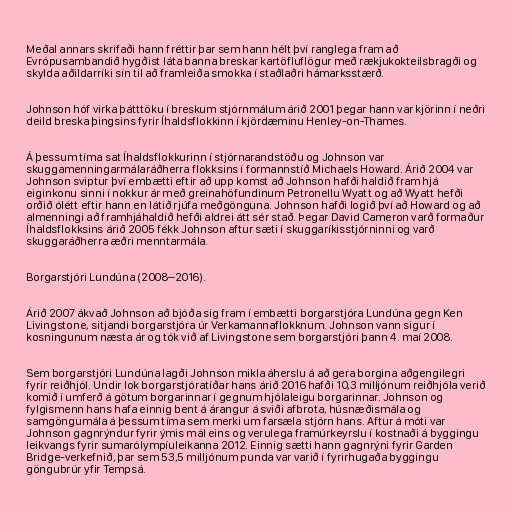
Meðal annars skrifaði hann fréttir þar sem hann hélt því ranglega fram að
Evrópusambandið hygðist láta banna breskar kartöfluflögur með rækjukokteilsbragði og
skylda aðildarríki sín til að framleiða smokka í staðlaðri hámarksstærð.

Johnson hóf virka þátttöku í breskum stjórnmálum árið 2001 þegar hann var kjörinn í neðri
deild breska þingsins fyrir Íhaldsflokkinn í kjördæminu Henley-on-Thames.

Á þessum tíma sat Íhaldsflokkurinn í stjórnarandstöðu og Johnson var
skuggamenningarmálaráðherra flokksins í formannstíð Michaels Howard. Árið 2004 var
Johnson sviptur því embætti eftir að upp komst að Johnson hafði haldið fram hjá
eiginkonu sinni í nokkur ár með greinahöfundinum Petronellu Wyatt og að Wyatt hefði
orðið ólétt eftir hann en látið rjúfa meðgönguna. Johnson hafði logið því að Howard og að
almenningi að framhjáhaldið hefði aldrei átt sér stað. Þegar David Cameron varð formaður
Íhaldsflokksins árið 2005 fékk Johnson aftur sæti í skuggaríkisstjórninni og varð
skuggaráðherra æðri menntarmála.

Borgarstjóri Lundúna (2008–2016).

Árið 2007 ákvað Johnson að bjóða sig fram í embætti borgarstjóra Lundúna gegn Ken
Livingstone, sitjandi borgarstjóra úr Verkamannaflokknum. Johnson vann sigur í
kosningunum næsta ár og tók við af Livingstone sem borgarstjóri þann 4. maí 2008.

Sem borgarstjóri Lundúna lagði Johnson mikla áherslu á að gera borgina aðgengilegri
fyrir reiðhjól. Undir lok borgarstjóratíðar hans árið 2016 hafði 10,3 millj­ón­um reiðhjóla verið
komið í umferð á götum borgarinnar í gegnum hjólaleigu borgarinnar. Johnson og
fylgismenn hans hafa einnig bent á árangur á sviði af­brota, hús­næðismála og
sam­göngu­mála á þessum tíma sem merki um farsæla stjórn hans. Aftur á móti var
Johnson gagnrýndur fyrir ýmis mál eins og verulega framúrkeyrslu í kostnaði á byggingu
leikvangs fyrir sumarólympíuleikanna 2012. Einnig sætti hann gagnrýni fyrir Garden
Bridge-verk­efnið, þar sem 53,5 millj­ón­um punda var varið í fyrirhugaða byggingu
göngubrúr yfir Tempsá.